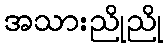
အသားညိုညို